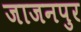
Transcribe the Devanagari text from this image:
जाजनपुर